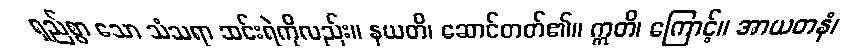
ရှည်စွာ သော သံသရာ ဆင်းရဲကိုလည်း။ နယတိ၊ ဆောင်တတ်၏။ ဣတိ၊ ကြောင့်။ အာယတနံ၊